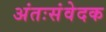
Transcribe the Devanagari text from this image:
अंतःसंवेदक